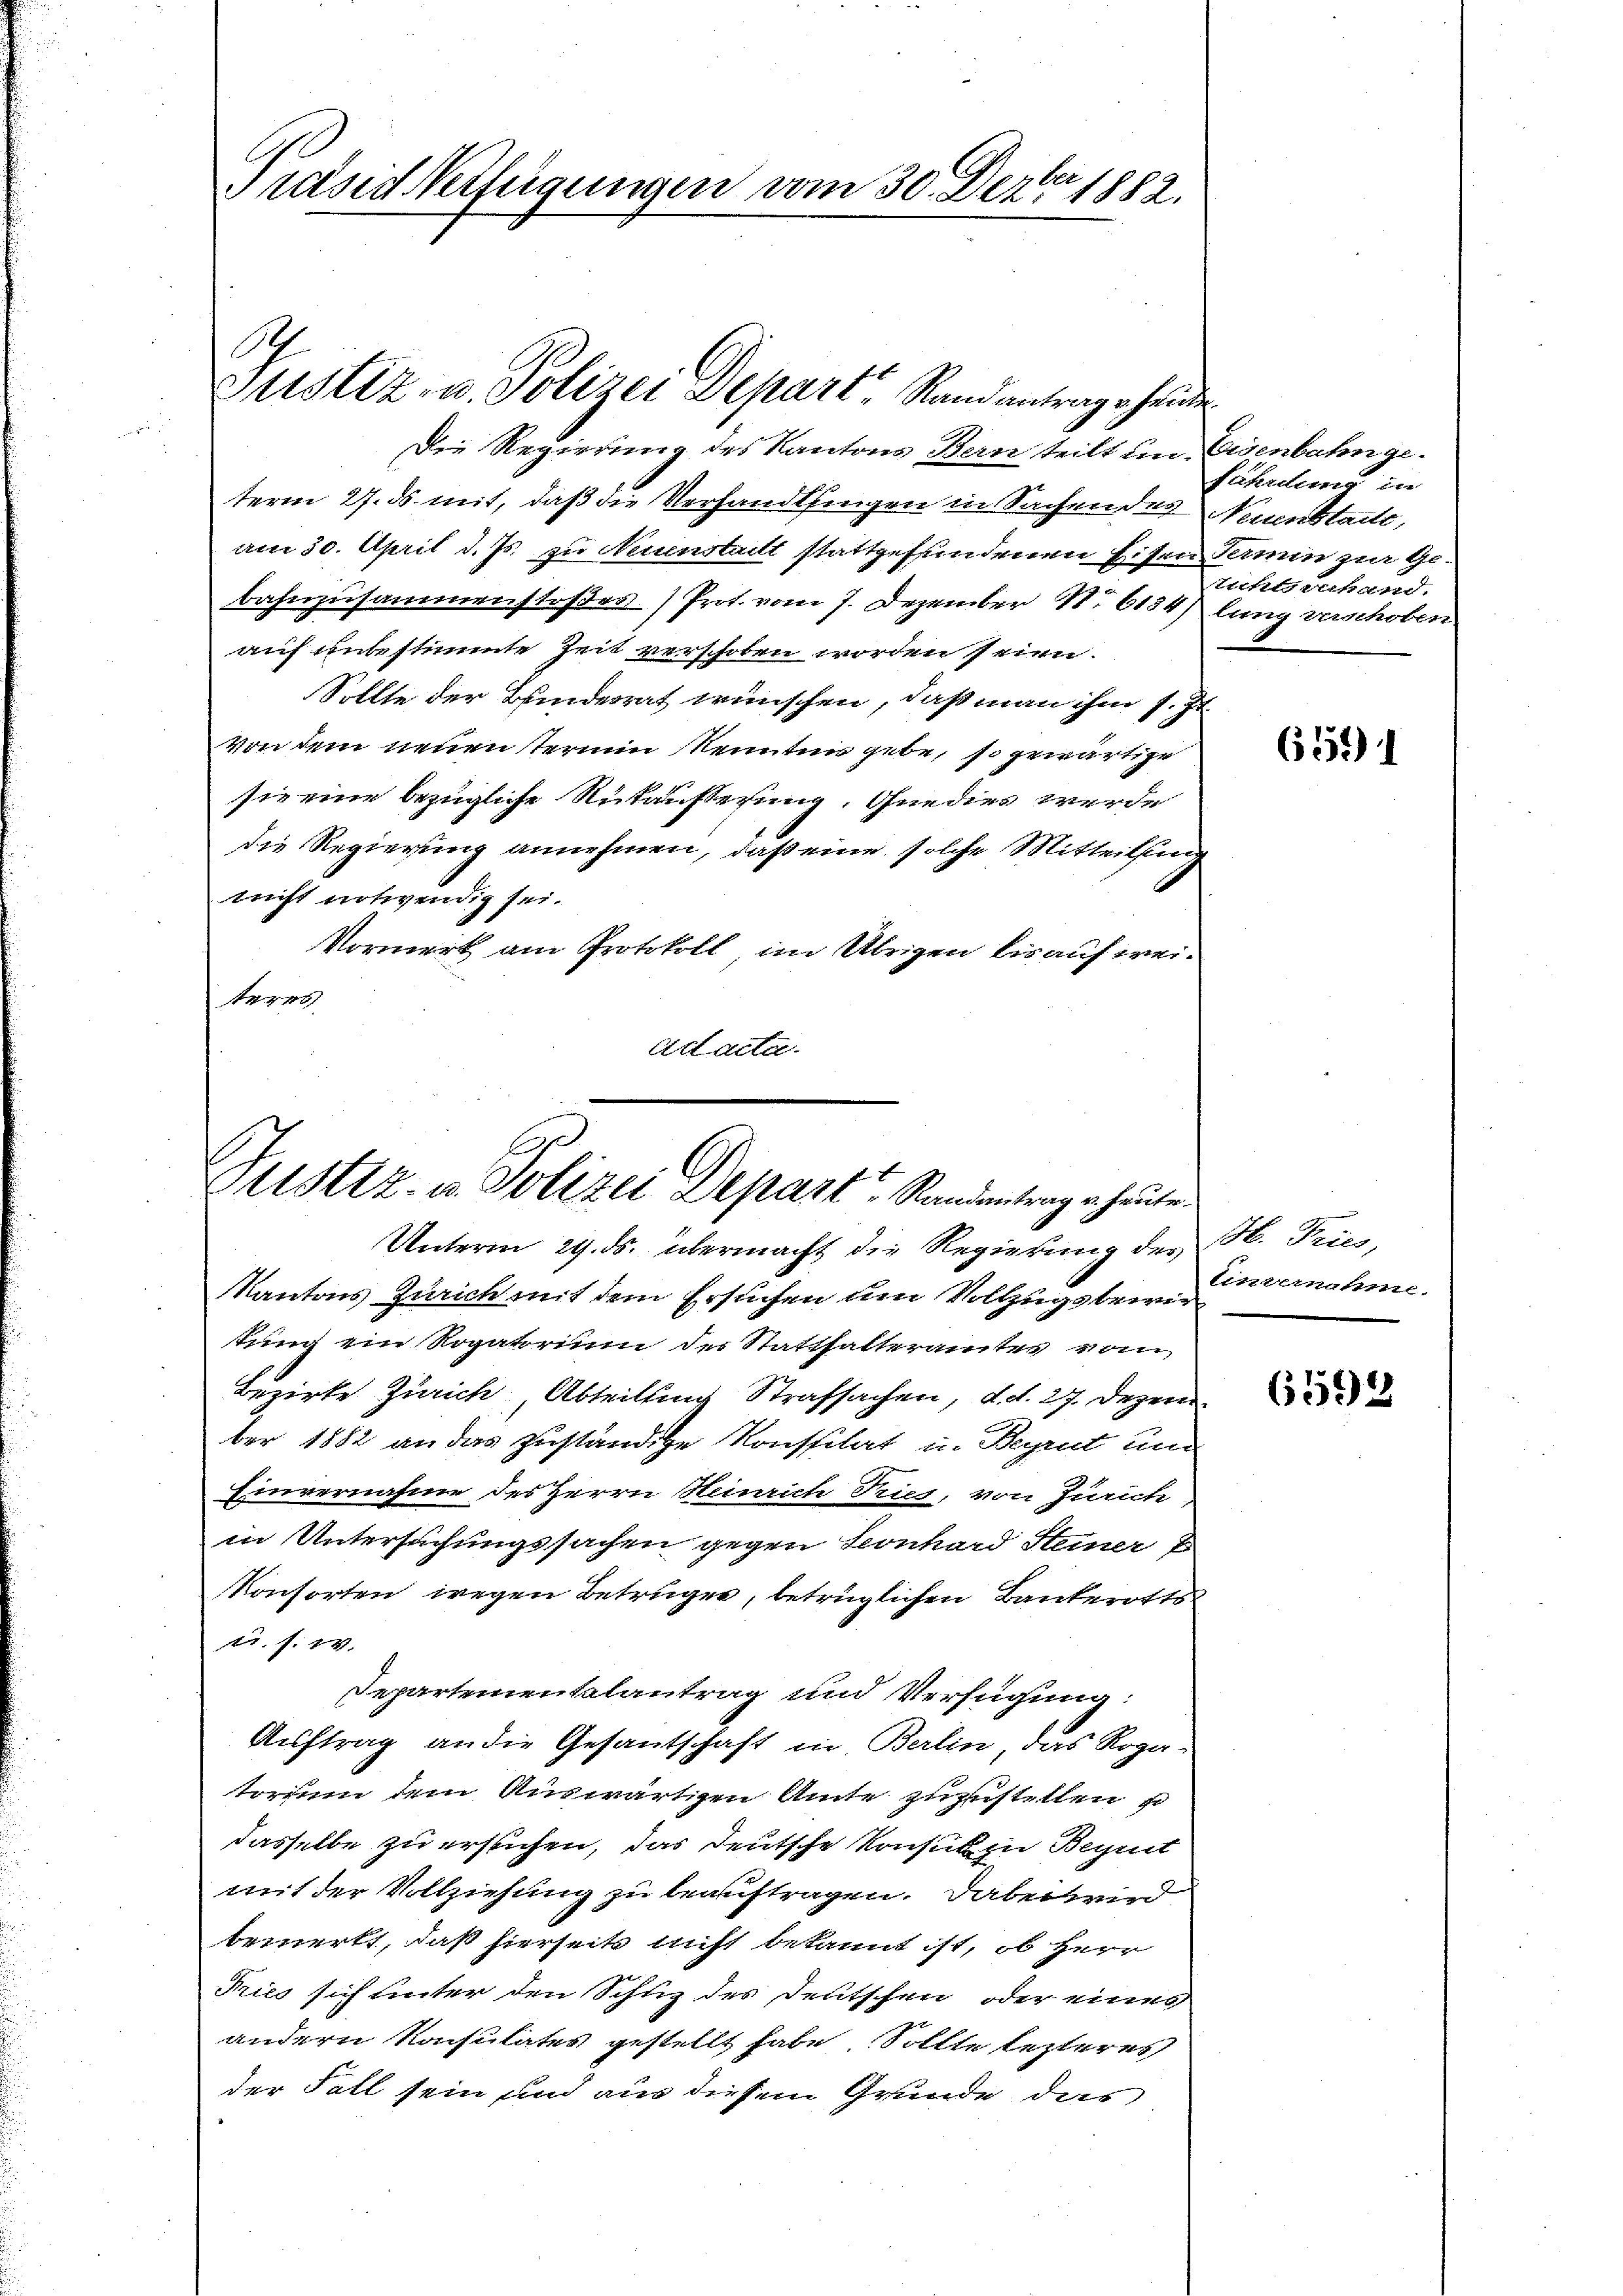
Brasickerfügungen vom 30. Dezbr. 1882.

Sch
Justiz- u. Polizei Depart Randantrage heide

Die Regierung des Kantons Bern teilt un-
term 27. ds. mit, daß die Versandtlingen in Sachen des
am 30. April d. Js. zu Neuenstatt stattgefundenen Eisen
Bahnzusammenstoßer Prot. vom 7. Dezember N. 6134,
auf unbestimmte Zeit verschoben worden seien.
Sollte der Bundesrat wünschen, daß man ihm s. Zt.
von dem neuen Termin Kenntnis gebe, so gewärtige
sie eine bezügliche Rutäusserung. Gnedies werde
die Regierung annehmen, daß eine solche Mitteilung
nicht notwendig sei.
Vormerk am Protokoll, im Übrigen bis auf weiteres
Ad acta.

Pristiz- u. Polizei Depart Rindentrag heute.

Unterm 29. ds. übermacht die Regierung des
Kantons Zürich mit dem Ersuchen um Vollzugsbewir
tung ein Rogatorium der Statthalteramtes vom
Bezirke Zürich Abteilung Strafsachen, d. d. 27. Dezem
ber 1882 an das zuständige Konssitat in Begrit um
Einvernahme des Herrn Henrich Kies, von Zürich
in Untersuchungssachen gegen Leonhard Steiner P
Konsorten wegen Betrüger, betrüglichen Bankerotts
u. s. w.
Separtementalantrag und Verfügung:
Auftrag an die Gesantschaft in Berlin, das Roga-
torum dem Auswärtigen Amte zuzustellen so
dasselbe zu ersuchen, das deutsche Konsik zu Begut
mit der Vollziehung zu beauftragen. Dabei wird
bemerkt, daß hierseits nicht bekannt ist, ob Herr
Fried sich unter den Schuz des Deutschen oder eines
andern Konsulates gestellt habe. Sollte lezteres
der Fall sein und aus diesem Grunde das

Eisenbahnge.
führung in
Neuenstatte,
Fermin zur Ge
Lichtsverhand.
lung verschoben

658) 1

H. Pries,
Einvernahme.

659) 2